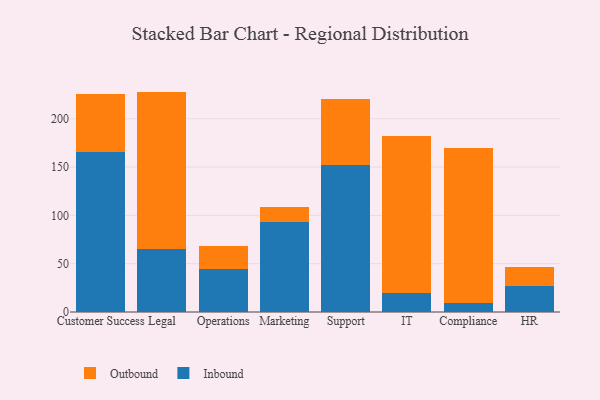
{"axis": {"x": "Department", "y": "Production Output"}, "legend": ["Inbound", "Outbound"], "data": [{"x": "Customer Success", "y": 165.1, "type": "Inbound"}, {"x": "Customer Success", "y": 60.3, "type": "Outbound"}, {"x": "Legal", "y": 65.6, "type": "Inbound"}, {"x": "Legal", "y": 162.5, "type": "Outbound"}, {"x": "Operations", "y": 44.6, "type": "Inbound"}, {"x": "Operations", "y": 23.5, "type": "Outbound"}, {"x": "Marketing", "y": 92.8, "type": "Inbound"}, {"x": "Marketing", "y": 16.3, "type": "Outbound"}, {"x": "Support", "y": 152.4, "type": "Inbound"}, {"x": "Support", "y": 67.7, "type": "Outbound"}, {"x": "IT", "y": 19.9, "type": "Inbound"}, {"x": "IT", "y": 162.5, "type": "Outbound"}, {"x": "Compliance", "y": 9.4, "type": "Inbound"}, {"x": "Compliance", "y": 160.5, "type": "Outbound"}, {"x": "HR", "y": 26.4, "type": "Inbound"}, {"x": "HR", "y": 20.0, "type": "Outbound"}]}